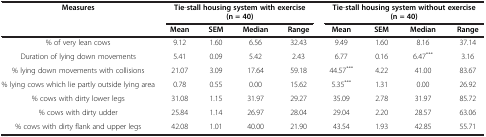
| <ROWSPAN=3> Measures | <COLSPAN=4> Tie-stall housing system with exercise | <COLSPAN=4> Tie-stall housing system without exercise |
 | <COLSPAN=4> (n = 40) | <COLSPAN=4> (n = 40) |
 | Mean | SEM | Median | Range | Mean | SEM | Median | Range |
 | --- | --- | --- | --- | --- | --- | --- | --- | --- |
 | % of very lean cows | 9.12 | 1.60 | 6.56 | 32.43 | 9.49 | 1.60 | 8.16 | 37.14 |
 | Duration of lying down movements | 5.41 | 0.09 | 5.42 | 2.43 | 6.77 | 0.16 | 6.47*** | 3.16 |
 | % lying down movements with collisions | 21.07 | 3.09 | 17.64 | 59.18 | 44.57*** | 4.22 | 41.00 | 83.67 |
 | % lying cows which lie partly outside lying area | 0.78 | 0.55 | 0.00 | 15.62 | 5.35*** | 1.31 | 0.00 | 26.92 |
 | % cows with dirty lower legs | 31.08 | 1.15 | 31.97 | 29.27 | 35.09 | 2.78 | 31.97 | 85.72 |
 | % cows with dirty udder | 25.84 | 1.14 | 26.97 | 28.04 | 29.04 | 2.20 | 28.57 | 63.06 |
 | % cows with dirty flank and upper legs | 42.08 | 1.01 | 40.00 | 21.90 | 43.54 | 1.93 | 42.85 | 55.71 |